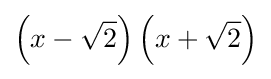
\left(x-{\sqrt {2}}\right)\left(x+{\sqrt {2}}\right)